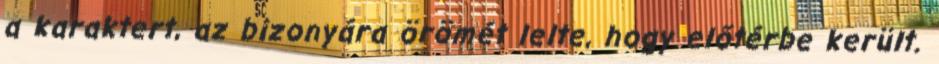
a karaktert, az bizonyára örömét lelte, hogy előtérbe került.